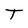
Character: T